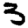
Digit: 3